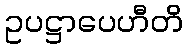
ဥပဋ္ဌာပေဟီတိ